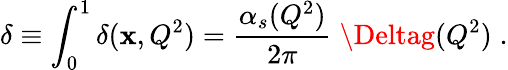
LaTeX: \delta\equiv\int_{0}^{1}\delta(\mathbf{x},Q^{2})={\frac{{\alpha_{s}(Q^{2})}}{{2\pi}}}\; \Deltag(Q^{2})\; .